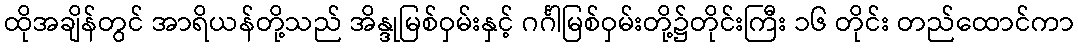
ထိုအချိန်တွင် အာရိယန်တို့သည် အိန္ဒုမြစ်ဝှမ်းနှင့် ဂင်္ဂါမြစ်ဝှမ်းတို့၌တိုင်းကြီး ၁၆ တိုင်း တည်ထောင်ကာ